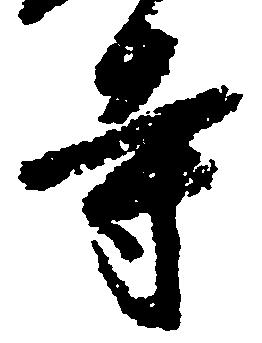
寺